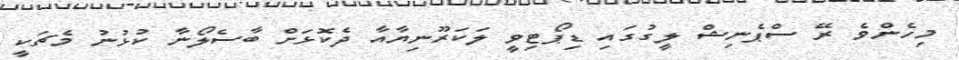
މިހެންވެ ރޭ ސްޕެނިޝް ލީގުގައި ޑިޕޯޓިވީ ލަކަރޫނިޔާއާ ދެކޮޅަށް ބާސެލޯނާ ކުޅުނު މެޗަކީ